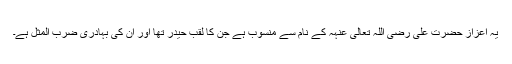
یہ اعزاز حضرت علی رضی اللہ تعالیٰ عنہہ کے نام سے منسوب ہے جن کا لقب حیدر تھا اور ان کی بہادری ضرب المثل ہے۔